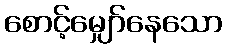
စောင့်မျှော်နေသော